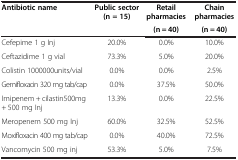
<table><thead><tr><td rowspan="2"><b>Antibiotic name</b></td><td rowspan="2"><b>Public sector (n = 15)</b></td><td><b>Retail pharmacies</b></td><td><b>Chain pharmacies</b></td></tr><tr><td><b>(n = 40)</b></td><td><b>(n = 40)</b></td></tr></thead><tbody><tr><td>Cefepime 1 g Inj</td><td>20.0%</td><td>0.0%</td><td>10.0%</td></tr><tr><td>Ceftazidime 1 g vial</td><td>73.3%</td><td>5.0%</td><td>20.0%</td></tr><tr><td>Colistin 1000000units/vial</td><td>0.0%</td><td>0.0%</td><td>2.5%</td></tr><tr><td>Gemifloxacin 320 mg tab/cap</td><td>0.0%</td><td>37.5%</td><td>50.0%</td></tr><tr><td>Imipenem + cilastin500mg + 500 mg Inj</td><td>13.3%</td><td>0.0%</td><td>22.5%</td></tr><tr><td>Meropenem 500 mg Inj</td><td>60.0%</td><td>32.5%</td><td>52.5%</td></tr><tr><td>Moxifloxacin 400 mg tab/cap</td><td>0.0%</td><td>40.0%</td><td>72.5%</td></tr><tr><td>Vancomycin 500 mg inj</td><td>53.3%</td><td>5.0%</td><td>7.5%</td></tr></tbody></table>